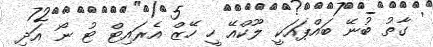
ގާތު ބުނޭ ބައްޕައަކީ ލޫކްއޭ ހީ ހޭޒް އެރައިޓް ޓު ނޯ އަދި